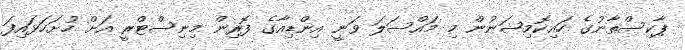
ޕާކިސްތާނުގެ ހައިކޮމިޝަނުން މި މައްސަލަ ވަނީ އިންޑިއާގެ ފޮރިން މިނިސްޓްރީ އަށް ހުށަހަޅައިފަ